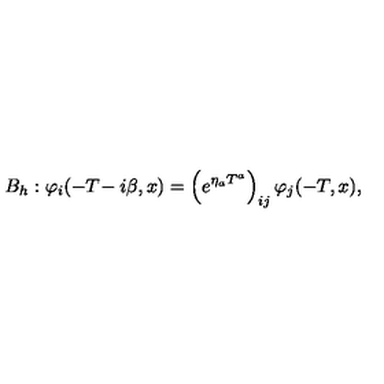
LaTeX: B _ { h } : \varphi _ { i } ( - T \! - i \beta , x ) = \left( e ^ { \eta _ { a } T ^ { a } } \right) _ { i j } \varphi _ { j } ( - T , x ) ,